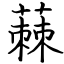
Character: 蕀